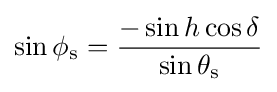
\sin \phi _{\mathrm {s} }={\frac {-\sin h\cos \delta }{\sin \theta _{\mathrm {s} }}}